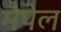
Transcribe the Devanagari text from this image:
मैपेल